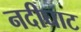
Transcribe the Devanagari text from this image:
नदीघाट